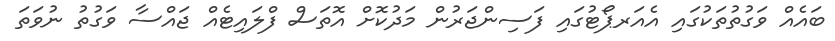
ބައެއް ވަގުތުތަކުގައި އެއަރޕޯޓުގައި ފަސިންޖަރުން މަދުކޮށް އޮތަސް ފްލައިޓެއް ޖައްސާ ވަގުތު ނުވަތަ